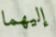
إليهما